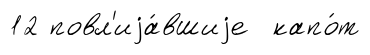
12 повл'иjа́вшиjе капо́т